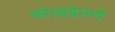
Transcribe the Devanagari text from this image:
कोल्डप्लेमध्ये